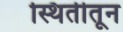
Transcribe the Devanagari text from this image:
स्थितीतून